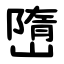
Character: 嶞